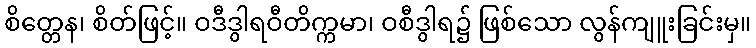
စိတ္တေန၊ စိတ်ဖြင့်။ ဝဒီဒွါရဝီတိက္ကမာ၊ ဝစီဒွါရ၌ ဖြစ်သော လွန်ကျူးခြင်းမှ။